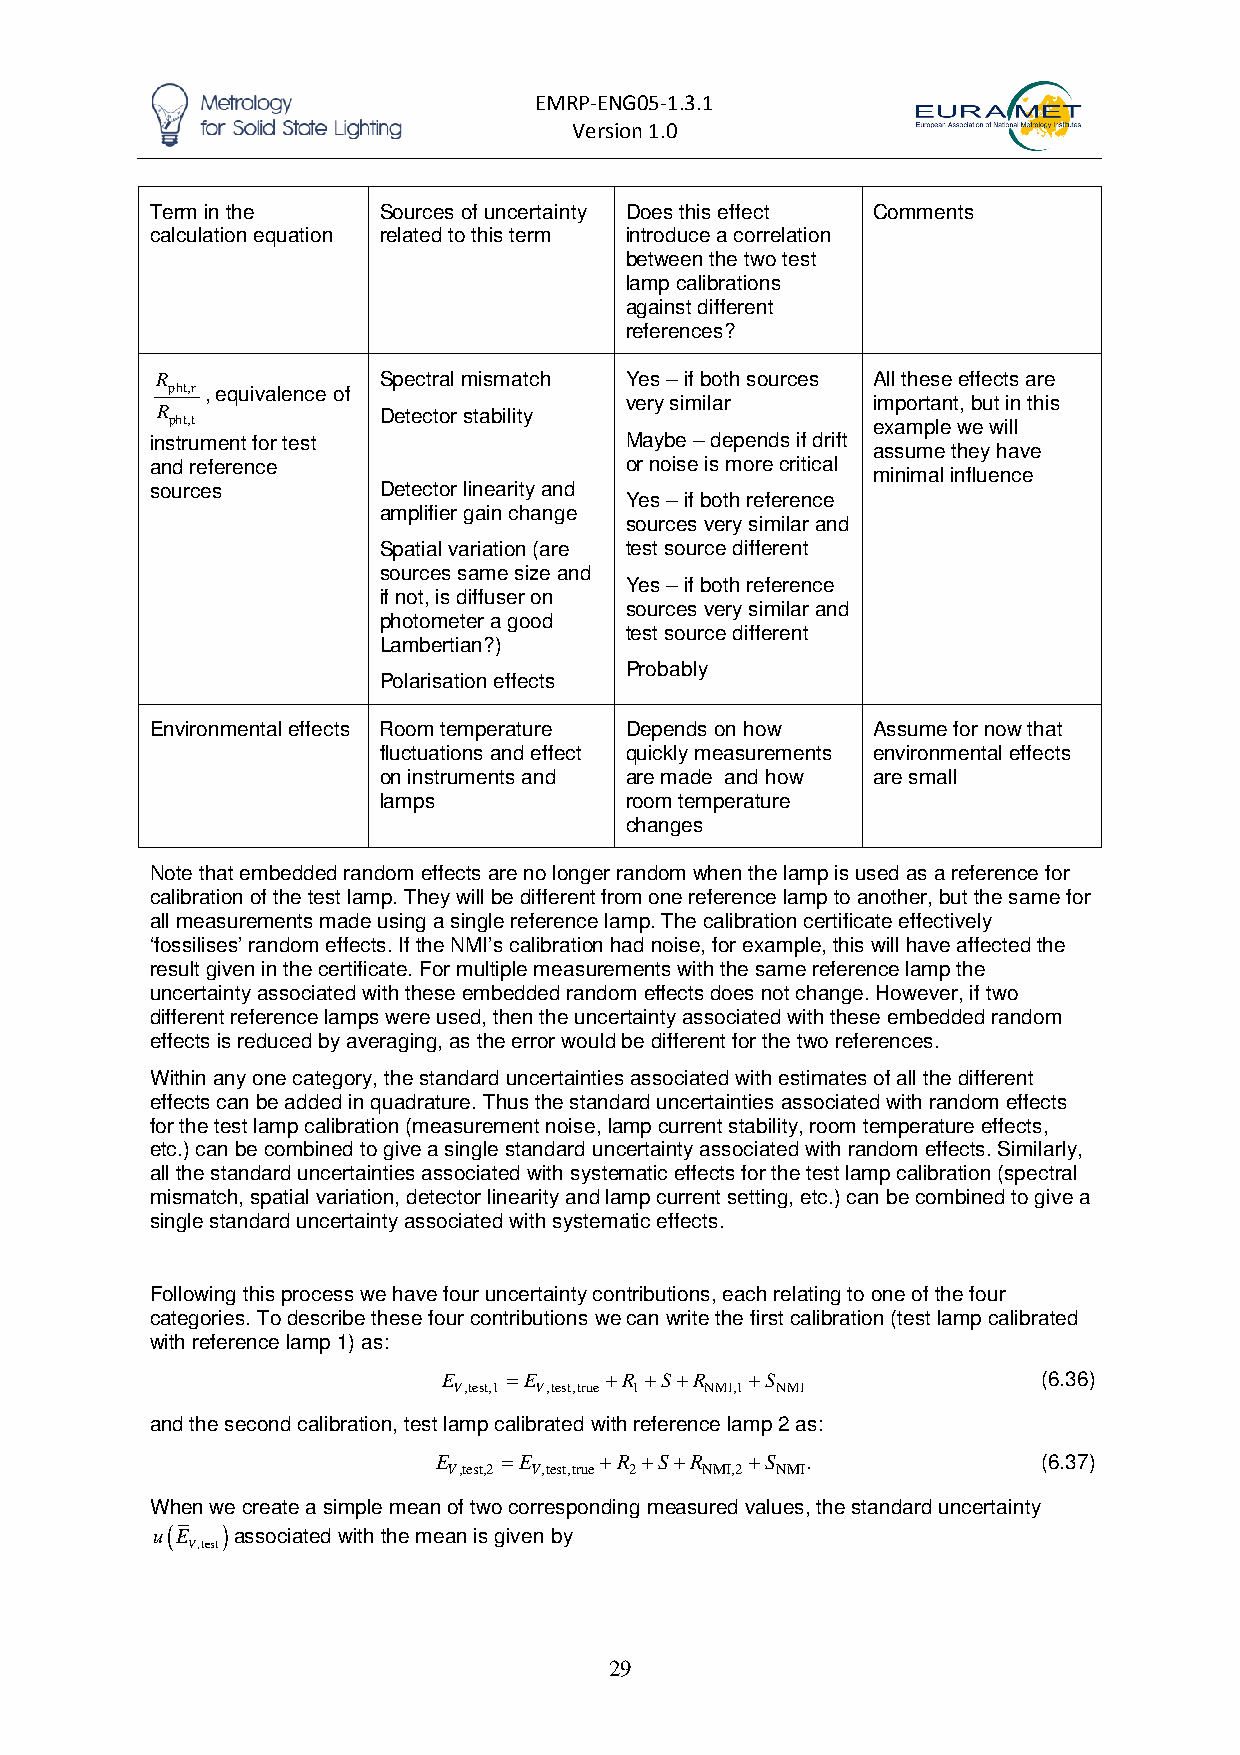
EMRP-ENG05-1.3.1
 Version 1.0
 Term in the    Sources of uncertainty Does this effect Comments
 calculation equation related to this term introduce a correlation
 between the two test
 lamp calibrations
 against different
 references?
 R              Spectral mismatch Yes – if both sources All these effects are
 pht,r , equivalence of
 very similar     important, but in this
 R              Detector stability
 pht,t                                          example we will
 instrument for test            Maybe – depends if drift
 assume they have
 and reference                  or noise is more critical
 minimal influence
 sources        Detector linearity and
 Yes – if both reference
 amplifier gain change
 sources very similar and
 Spatial variation (are test source different
 sources same size and
 Yes – if both reference
 if not, is diffuser on
 sources very similar and
 photometer a good
 test source different
 Lambertian?)
 Probably
 Polarisation effects
 Environmental effects Room temperature Depends on how Assume for now that
 fluctuations and effect quickly measurements environmental effects
 on instruments and are made and how are small
 lamps           room temperature
 changes
 Note that embedded random effects are no longer random when the lamp is used as a reference for
 calibration of the test lamp. They will be different from one reference lamp to another, but the same for
 all measurements made using a single reference lamp. The calibration certificate effectively
 ‘fossilises’ random effects. If the NMI’s calibration had noise, for example, this will have affected the
 result given in the certificate. For multiple measurements with the same reference lamp the
 uncertainty associated with these embedded random effects does not change. However, if two
 different reference lamps were used, then the uncertainty associated with these embedded random
 effects is reduced by averaging, as the error would be different for the two references.
 Within any one category, the standard uncertainties associated with estimates of all the different
 effects can be added in quadrature. Thus the standard uncertainties associated with random effects
 for the test lamp calibration (measurement noise, lamp current stability, room temperature effects,
 etc.) can be combined to give a single standard uncertainty associated with random effects. Similarly,
 all the standard uncertainties associated with systematic effects for the test lamp calibration (spectral
 mismatch, spatial variation, detector linearity and lamp current setting, etc.) can be combined to give a
 single standard uncertainty associated with systematic effects.
 Following this process we have four uncertainty contributions, each relating to one of the four
 categories. To describe these four contributions we can write the first calibration (test lamp calibrated
 with reference lamp 1) as:
 E    =E    +R +S+R   +S                 (6.36)
 V,test,1 V,test,true 1 NMI,1 NMI
 and the second calibration, test lamp calibrated with reference lamp 2 as:
 E   =E     +R +S+R   +S .               (6.37)
 V,test,2 V,test,true 2 NMI,2 NMI
 When we create a simple mean of two corresponding measured values, the standard uncertainty
 u(E  )associated with the mean is given by
 V,test
 29